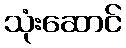
သုံးဆောင်